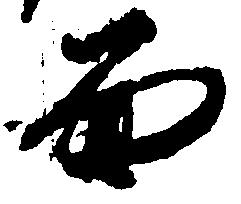
面